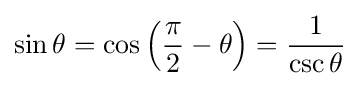
\sin \theta =\cos \left({\frac {\pi }{2}}-\theta \right)={\frac {1}{\csc \theta }}